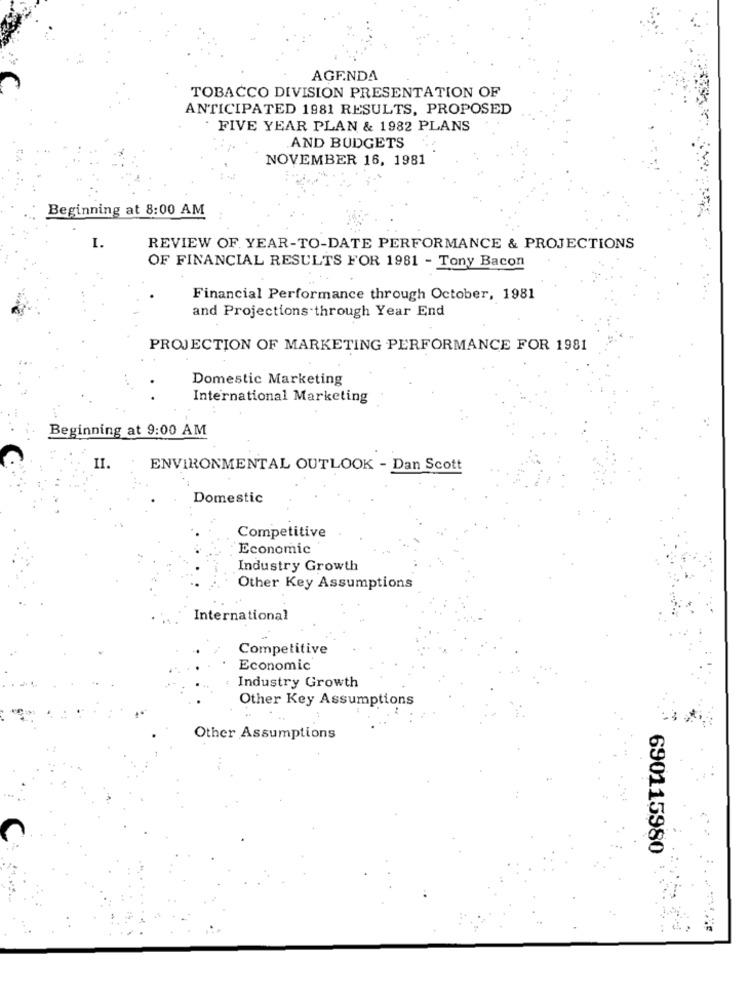
AGENDA
TOBACCO DIVISION PRESENTATION OF
ANTICIPATED 1981 RESULTS, PROPOSED
FIVE YEAR PLAN & 1982 PLANS
AND BUDGETS
NOVEMBER 16, 1981
Beginning at 8:00 AM
I.
REVIEW OF YEAR-TO-DATE PERFORMANCE & PROJECTIONS
OF FINANCIAL RESULTS FOR 1981 - Tony Bacon
Financial Performance through October, 1981
and Projections through Year End
PROJECTION OF MARKETING PERFORMANCE FOR 1981
Domestic Marketing
International Marketing
Beginning at 9:00 AM
II.
ENVIRONMENTAL OUTLOOK - Dan Scott
Domestic
Competitive
Economic
Industry Growth
Other Key Assumptions
International
Competitive
Economic
Industry Growth
Other Key Assumptions
Other Assumptions
690115980